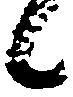
候